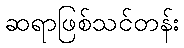
ဆရာဖြစ်သင်တန်း